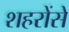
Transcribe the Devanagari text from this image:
शहरोंसे